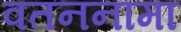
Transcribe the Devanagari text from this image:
वतननामा